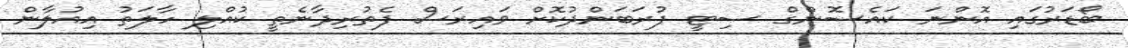
ބޯޑަރުގައި އޮންނަ ކައެސޮންގް ސިޓީ ފުރަބަންދުކޮށް ވައިރަސް ފެތުރިދާނެތީ ކުއްލި ހާލަތު އިއުލާން